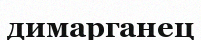
димарганец